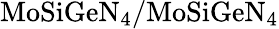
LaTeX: \mathrm{MoSiGeN_{4}/MoSiGeN_{4}}